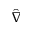
\hat { \nabla }